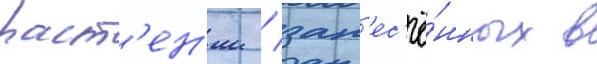
раст'ен'ии / зан'ес'ё́нных в